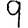
Digit: 9